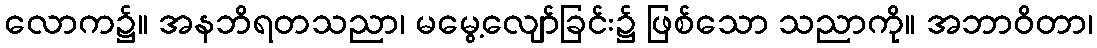
လောက၌။ အနဘိရတသညာ၊ မမွေ့လျော်ခြင်း၌ ဖြစ်သော သညာကို။ အဘာဝိတာ၊